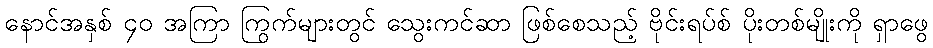
နောင်အနှစ် ၄၀ အကြာ ကြွက်များတွင် သွေးကင်ဆာ ဖြစ်စေသည့် ဗိုင်းရပ်စ် ပိုးတစ်မျိုးကို ရှာဖွေ